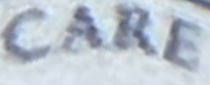
CARE